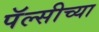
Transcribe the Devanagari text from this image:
पॅल्सीच्या